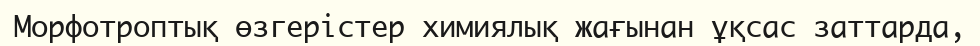
Морфотроптық өзгерістер химиялық жағынан ұқсас заттарда,